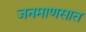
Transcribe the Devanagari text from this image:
जनमाणसात